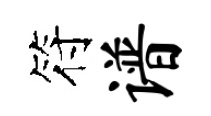
符谱